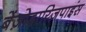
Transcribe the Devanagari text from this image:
बेंज़ोडाय्ज़िपाइंस